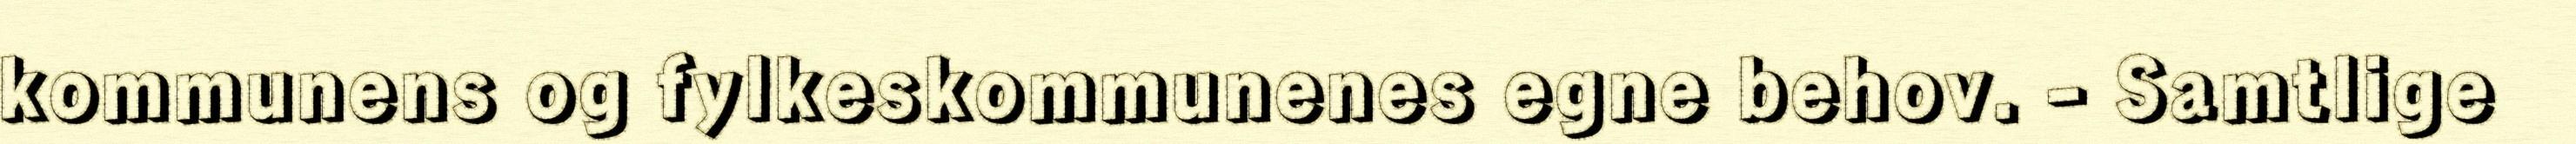
kommunens og fylkeskommunenes egne behov. - Samtlige